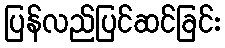
ပြန်လည်ပြင်ဆင်ခြင်း